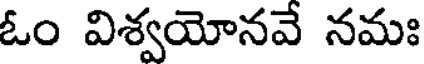
ఓం విశ్వయోనవే నమః